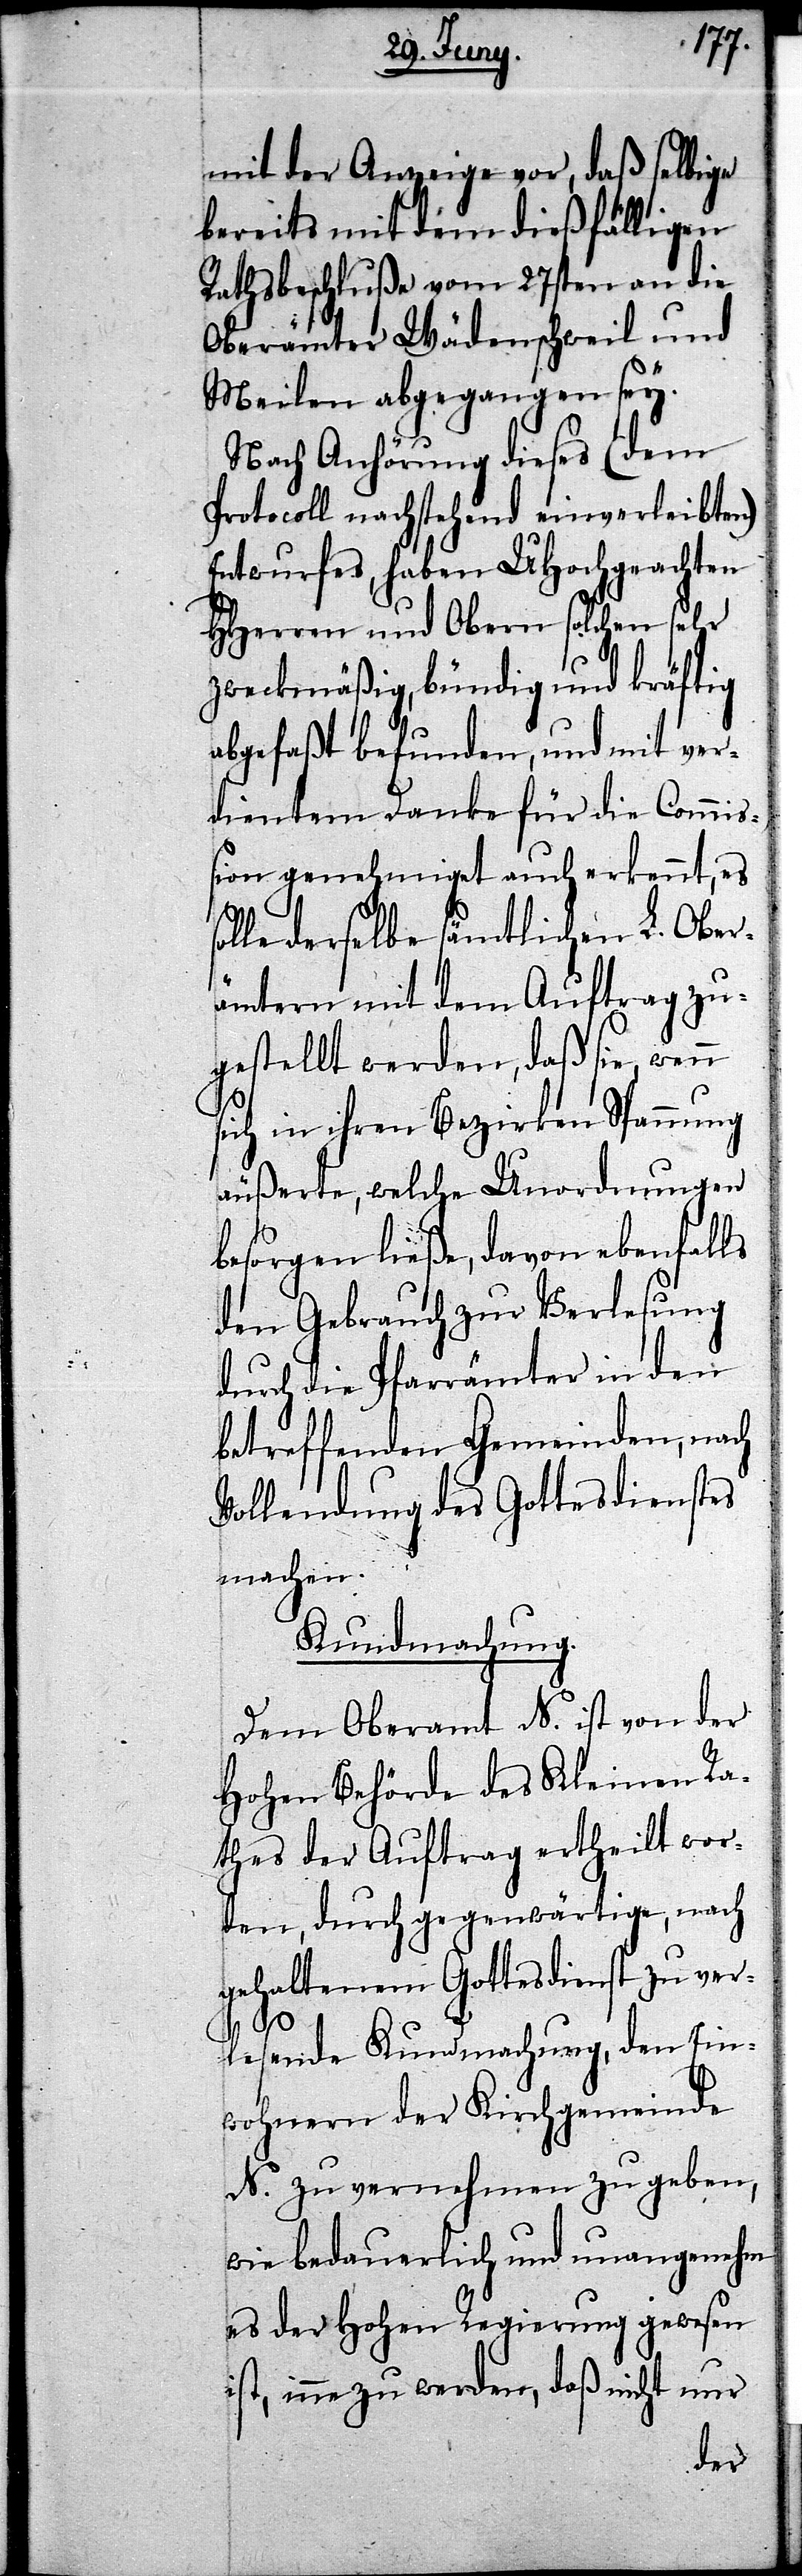
s¬

mit der Anzeige vor, daß selbige
bereits mit dem dießfälligen
Rathsbeschluße vom 27sten an die
Oberämter Wädenschweil und
Meilen abgegangen sey.
Nach Anhörung dieses (dem
Protocoll nachstehend einverleibten)
Entwurfes, haben UHochgeachten
HHerren und Obern solchen sehr
zweckmäßig befunden, und mit ver¬
dientem Danke für die Commi¬
ßion genehmiget auch erkennt, es
olle derselbe sämtlichen L. Ober¬
ämtern mit dem Auftrag zu¬
gestellt werden, daß sie, wenn
sich in ihren Bezirken Spannung
äußerte, welche Unordnungen
besorgen ließe, davon ebenfalls
den Gebrauch zu Verlesung
durch die Pfarrämter in den
betreffenden Gemeinden, nach
Vollendung des Gottesdienstes
machen.
Kundmachung.
Dem Oberamt N. ist von der
Hohen Behörde des Kleinen Ra¬
thes der Auftrag ertheilt wor¬
den, durch gegenwärtige, nach
gehaltenem Gottesdienst zu ver¬
lesende Kundmachung, den Ein¬
wohnern der Kirchgemeinde
N. zu vernehmen zu geben,
wie bedauerlich und unangenehm
es der Hohen Regierung gewesen
ist, inne zu werden, daß nicht nur